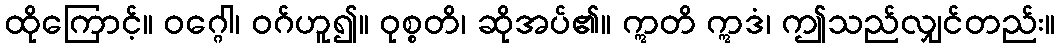
ထိုကြောင့်။ ဝဂ္ဂေါ၊ ဝဂ်ဟူ၍။ ဝုစ္စတိ၊ ဆိုအပ်၏။ ဣတိ ဣဒံ၊ ဤသည်လျှင်တည်း။